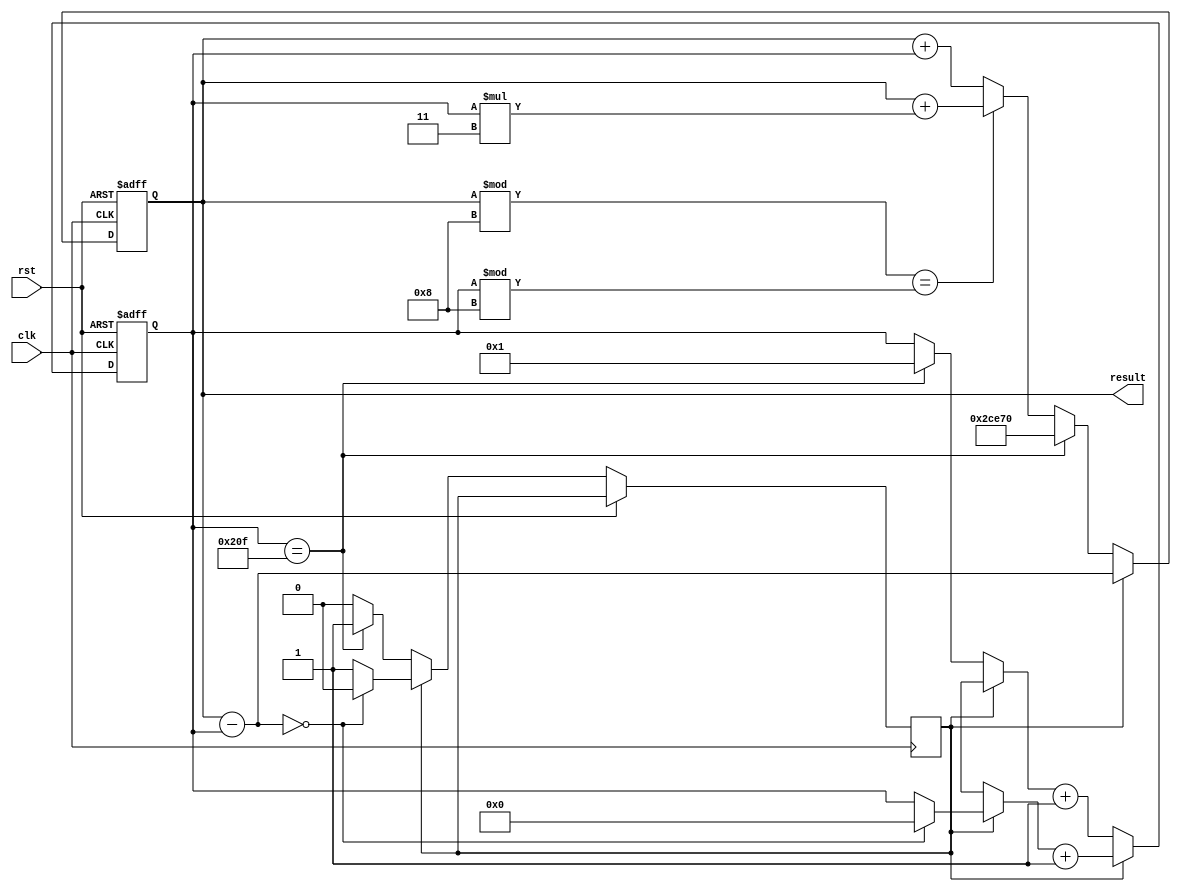
// 109000168 ?\???

// e.g. 109012345 ???j??
// Add your ID and name to FIRST line of file, or you will get 5 points penalty
module exam1_B(
    input wire clk,
    input wire rst,
    output reg signed [19:0] result // You can modify "reg" to "wire" if needed
);
    //Your design here
    reg [9:0] idx = 1;
    reg dir = 0;
    always@(posedge clk or posedge rst) begin
        if(rst) begin
            idx = 1;
            result = 0;
        end else begin
            if(!dir) begin
                if((result % 8) == (idx % 8)) begin
                    result = result + idx*3;
                end else begin
                    result = result + idx;
                end
                if(idx == 10'd527) begin
                    idx = 1;
                    dir = 1;
                    result = 20'd183920;
                end
                idx = idx + 1;
            end else begin
                result = result - idx;
                if(result == 0) begin
                    idx = 0;
                    dir = 0;
                end
                idx = idx + 1;
            end 
        end 
    end

endmodule

// You can add any module you need.
// Make sure you include all modules you used in this problem.